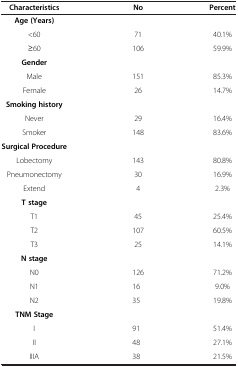
<table><thead><tr><td><b>Characteristics</b></td><td><b>No</b></td><td><b>Percent</b></td></tr></thead><tbody><tr><td><b>Age (Years)</b></td><td> </td><td> </td></tr><tr><td>&lt;60</td><td>71</td><td>40.1%</td></tr><tr><td>≥60</td><td>106</td><td>59.9%</td></tr><tr><td><b>Gender</b></td><td> </td><td> </td></tr><tr><td>Male</td><td>151</td><td>85.3%</td></tr><tr><td>Female</td><td>26</td><td>14.7%</td></tr><tr><td><b>Smoking history</b></td><td> </td><td> </td></tr><tr><td>Never</td><td>29</td><td>16.4%</td></tr><tr><td>Smoker</td><td>148</td><td>83.6%</td></tr><tr><td><b>Surgical Procedure</b></td><td> </td><td> </td></tr><tr><td>Lobectomy</td><td>143</td><td>80.8%</td></tr><tr><td>Pneumonectomy</td><td>30</td><td>16.9%</td></tr><tr><td>Extend</td><td>4</td><td>2.3%</td></tr><tr><td><b>T stage</b></td><td> </td><td> </td></tr><tr><td>T1</td><td>45</td><td>25.4%</td></tr><tr><td>T2</td><td>107</td><td>60.5%</td></tr><tr><td>T3</td><td>25</td><td>14.1%</td></tr><tr><td><b>N stage</b></td><td> </td><td> </td></tr><tr><td>N0</td><td>126</td><td>71.2%</td></tr><tr><td>N1</td><td>16</td><td>9.0%</td></tr><tr><td>N2</td><td>35</td><td>19.8%</td></tr><tr><td><b>TNM Stage</b></td><td> </td><td> </td></tr><tr><td>I</td><td>91</td><td>51.4%</td></tr><tr><td>II</td><td>48</td><td>27.1%</td></tr><tr><td>IIIA</td><td>38</td><td>21.5%</td></tr></tbody></table>